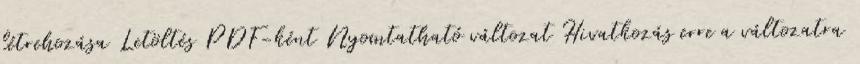
létrehozása Letöltés PDF-ként Nyomtatható változat Hivatkozás erre a változatra